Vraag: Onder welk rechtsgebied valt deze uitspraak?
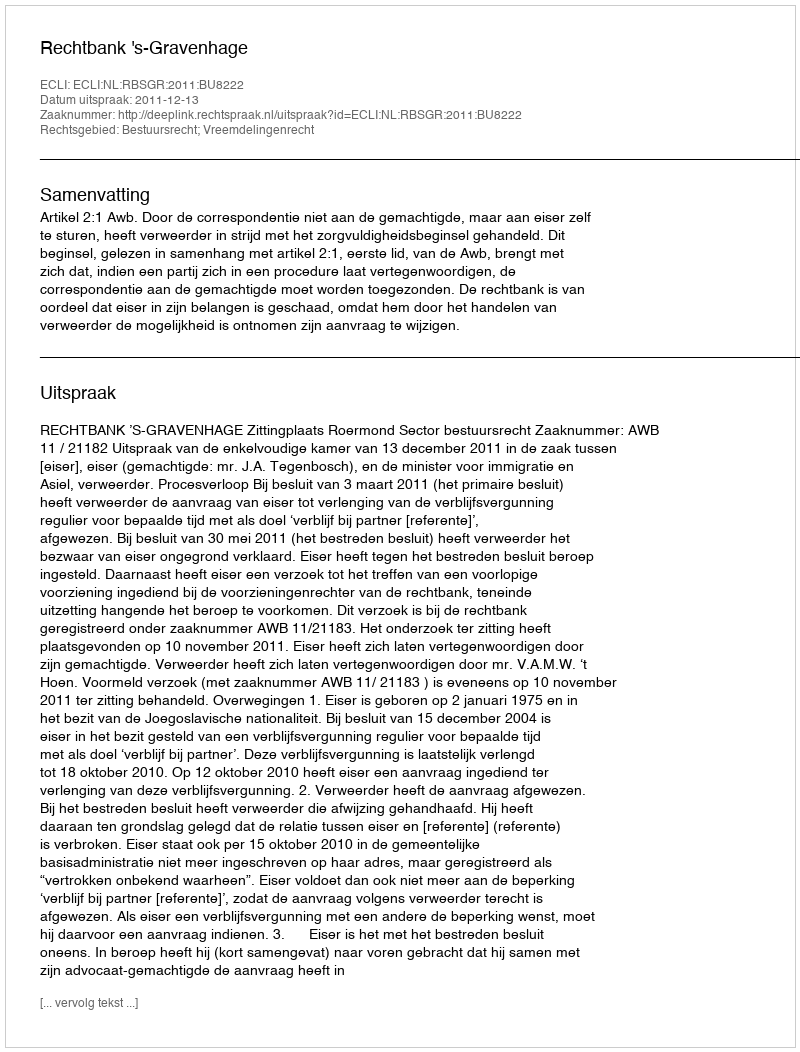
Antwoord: Bestuursrecht; Vreemdelingenrecht